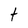
Character: t